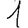
Digit: 1